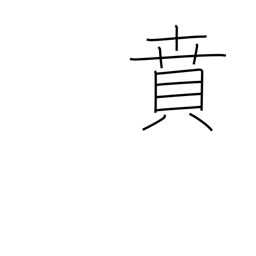
Meaning: decorate